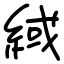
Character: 緎